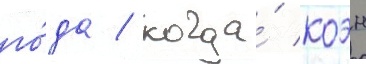
го́да / когда́ коэн